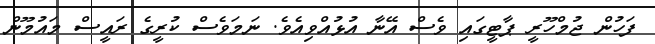
ފަހުން ޖުމްހޫރީ ޕާޓީގައި ވެސް އޭނާ އުޅުއްވިއެވެ. ނަމަވެސް ކުރީގެ ރައީސް މައުމޫން